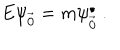
E \psi _ { \vec { 0 } } = m \psi _ { \vec { 0 } } ^ { \bullet } ~ .